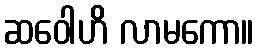
ဆဝေါဟိ လာမကော။